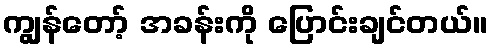
ကျွန်တော့် အခန်းကို ပြောင်းချင်တယ်။